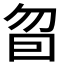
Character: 𰅜